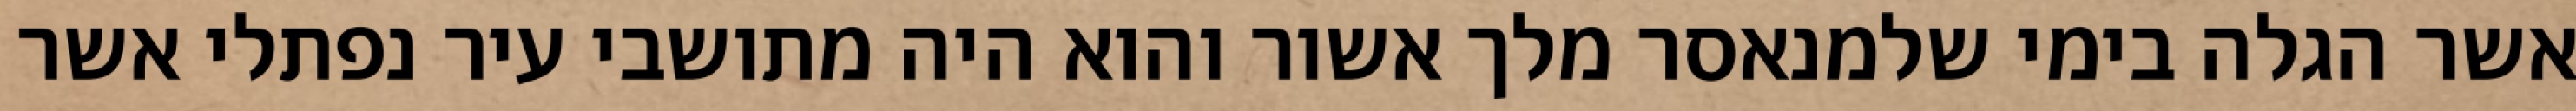
אשר הגלה בימי שלמנאסר מלך אשור והוא היה מתושבי עיר נפתלי אשר